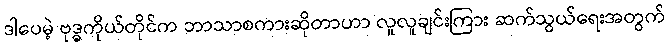
ဒါပေမဲ့ ဗုဒ္ဓကိုယ်တိုင်က ဘာသာစကားဆိုတာဟာ လူလူချင်းကြား ဆက်သွယ်ရေးအတွက်